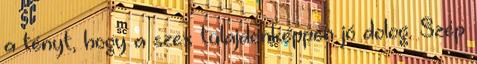
a tényt, hogy a szex tulajdonképpen jó dolog. Szép